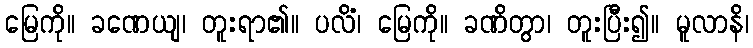
မြေကို။ ခဏေယျ၊ တူးရာ၏။ ပလိံ၊ မြေကို။ ခဏိတွာ၊ တူးပြီး၍။ မူလာနိ၊